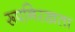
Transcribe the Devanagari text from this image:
रूपनिरखता